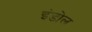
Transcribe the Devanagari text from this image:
इंडोल